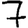
Digit: 7